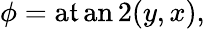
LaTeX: \phi=\operatorname{a\mathfrak{t}an2}(y,x),